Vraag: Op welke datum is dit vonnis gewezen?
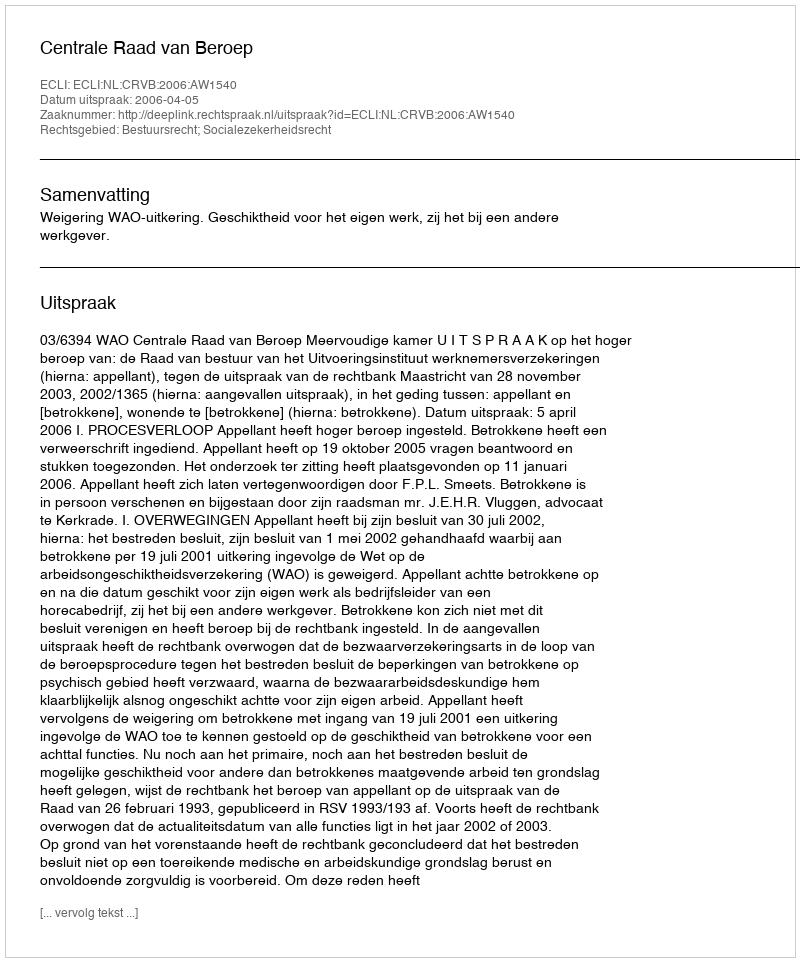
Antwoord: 2006-04-05